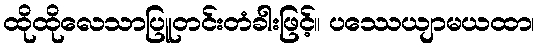
ထိုထိုလေသာပြူတင်းတံခါးဖြင့်။ ပဿေယျာမယထာ၊